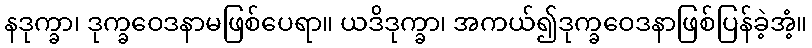
နဒုက္ခာ၊ ဒုက္ခဝေဒနာမဖြစ်ပေရာ။ ယဒိဒုက္ခာ၊ အကယ်၍ဒုက္ခဝေဒနာဖြစ်ပြန်ခဲ့အံ့။